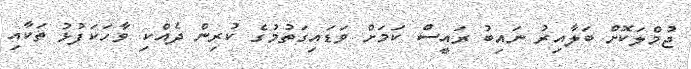
ޖުމްލަކޮށް ބަލާއިރު ނައިބު ރައީސް ކަމަށް ވަޑައިގަތުމުގެ ކުރިން ދެއްކި ވާހަކަފުޅު ތަކާއި